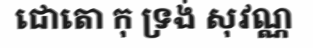
ជោតោ កុ ទ្រង់ សុវណ្ណ